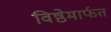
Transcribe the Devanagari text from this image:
विष्ठेमार्फत